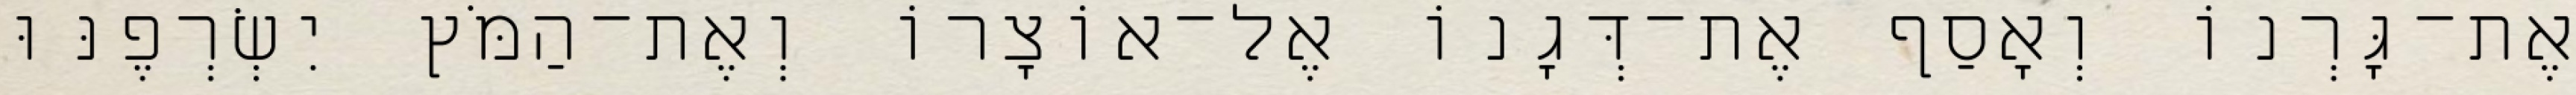
אֶת־גָּרְנוֹ וְאָסַף אֶת־דְּגָנוֹ אֶל־אוֹצָרוֹ וְאֶת־הַמֹּץ יִשְׂרְפֶנּוּ